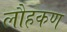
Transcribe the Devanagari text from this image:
लौहकण